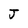
Character: J